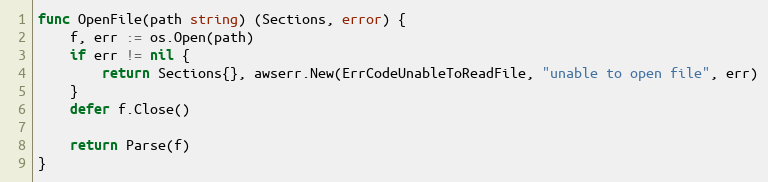
Language: Go
func OpenFile(path string) (Sections, error) {
	f, err := os.Open(path)
	if err != nil {
		return Sections{}, awserr.New(ErrCodeUnableToReadFile, "unable to open file", err)
	}
	defer f.Close()

	return Parse(f)
}